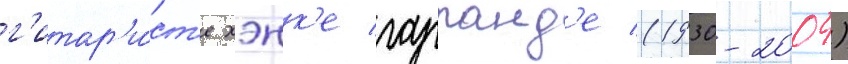
г'итар'и́ст'е хэнк'е гарланд'е (1930-2004)